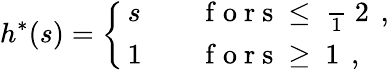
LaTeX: h^{\ast}(s)=\left\{ \begin{array}{ll}{\, s}&{\quad\mathrm{~f~o~r~s~\leq~\frac~1~2~}\, ,}\\ {\, 1}&{\quad\mathrm{~f~o~r~s~\geq~1~}\, ,}\end{array}\right.